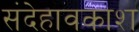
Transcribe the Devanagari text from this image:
संदेहावकाश